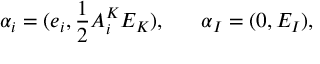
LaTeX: \alpha _ { i } = ( e _ { i } , { \frac { 1 } { 2 } } A _ { i } ^ { K } E _ { K } ) , \ \ \ \ \ \alpha _ { I } = ( 0 , E _ { I } ) ,